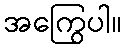
အကြွေပါ။